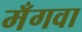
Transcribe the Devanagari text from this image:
मँगवा